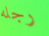
رجله